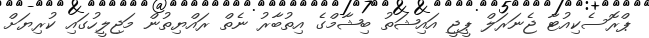
ޕްރޮސެކިއުޓާ ޖެނަރަލް ޕީޖީ އައިޝަތު ބިޝާމްގެ އިތުބާރު ނެތް ރައްޔިތުން މަޖިލީހުގައި ކުރިޔަށް